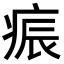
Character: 𭼏